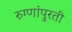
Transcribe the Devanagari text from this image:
रुग्णांपुरती